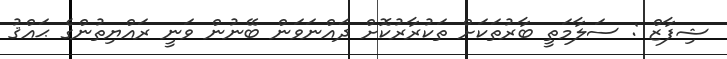
ޝިފާޒް : ސަލާމަތީ ބާރުތަކަށް ތަކުރާރުކޮށް ދައްނަވަން ބޭނުން ވަނީ ރައްޔިތުންގެ ޙައްޤު